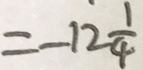
= - 1 2 \frac { 1 } { 4 }